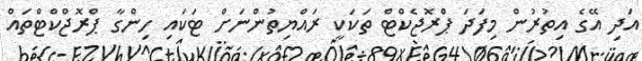
އަދި އޭގެ އިތުރުން މިފަދަ ޕްރޮޖެކްޓް ތަކަކީ ރައްޔިތުންނަށް ޓަކައި ހިންގާ ޕްރޮޖްކްޓްތައް